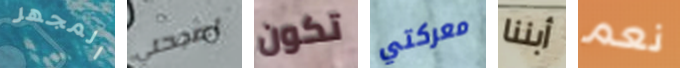
المجهر اصبحتي تكون معركتي أبننا نعم